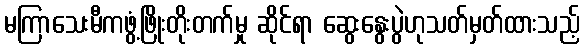
မကြာသေးမီကဖွံ့ဖြိုးတိုးတက်မှု ဆိုင်ရာ ဆွေးနွေးပွဲဟုသတ်မှတ်ထားသည့်